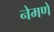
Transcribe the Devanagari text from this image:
नेमणे